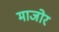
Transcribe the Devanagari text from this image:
माजोर